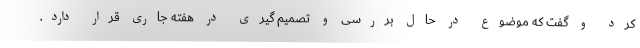
کرد و گفت که موضوع در حال بررسی و تصمیم گیری در هفته جاری قرار دارد.